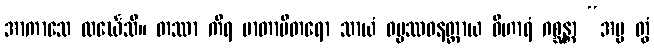
အာကာသေ လင်္ဃေသိ။ တဿာ ကိရ မာတာပိတရော သာယံ ဓမ္မဿဝနတ္ထာယ ဝိဟာရံ ဂစ္ဆန္တာ “အမ္မ တွံ